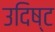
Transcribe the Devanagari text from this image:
उदिष्‍ट